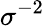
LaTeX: \sigma^{-2}